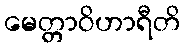
မေတ္တာဝိဟာရီတိ